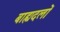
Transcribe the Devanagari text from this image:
बाह्यदलों